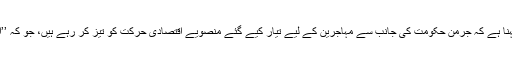
اقتصادی امور کے ماہر اسٹیفان کیپار کا کہنا ہے کہ جرمن حکومت کی جانب سے مہاجرین کے لیے تیار کیے گئے منصویے اقتصادی حرکت کو تیز کر رہے ہیں، جو کہ ’’ایک چھوٹی مگر غیر متوقع پیش رفت ہے۔